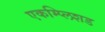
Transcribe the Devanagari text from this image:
एकम्प्लिशड